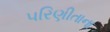
પરિણીતાના